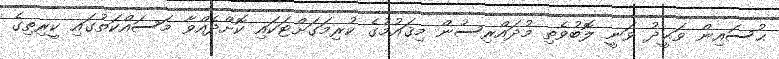
ޙުސައިން ވަޙީދު ވަނީ ލޮބުވެތި މުދައްރިސުން މިޤައުމުގެ ކުރިމަގަށްޓަކައި ކޮށްދެއްވާ މަސައްކަތުގައި ކީރިތިގެ